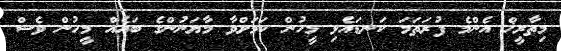
މިތާރީޚް އެންމެ ފުރަތަމަ ކަނޑައެޅި މީހުން ކަމަށްވާ މާޔަނުންގެ ބައެއް މީހުން ވެސް